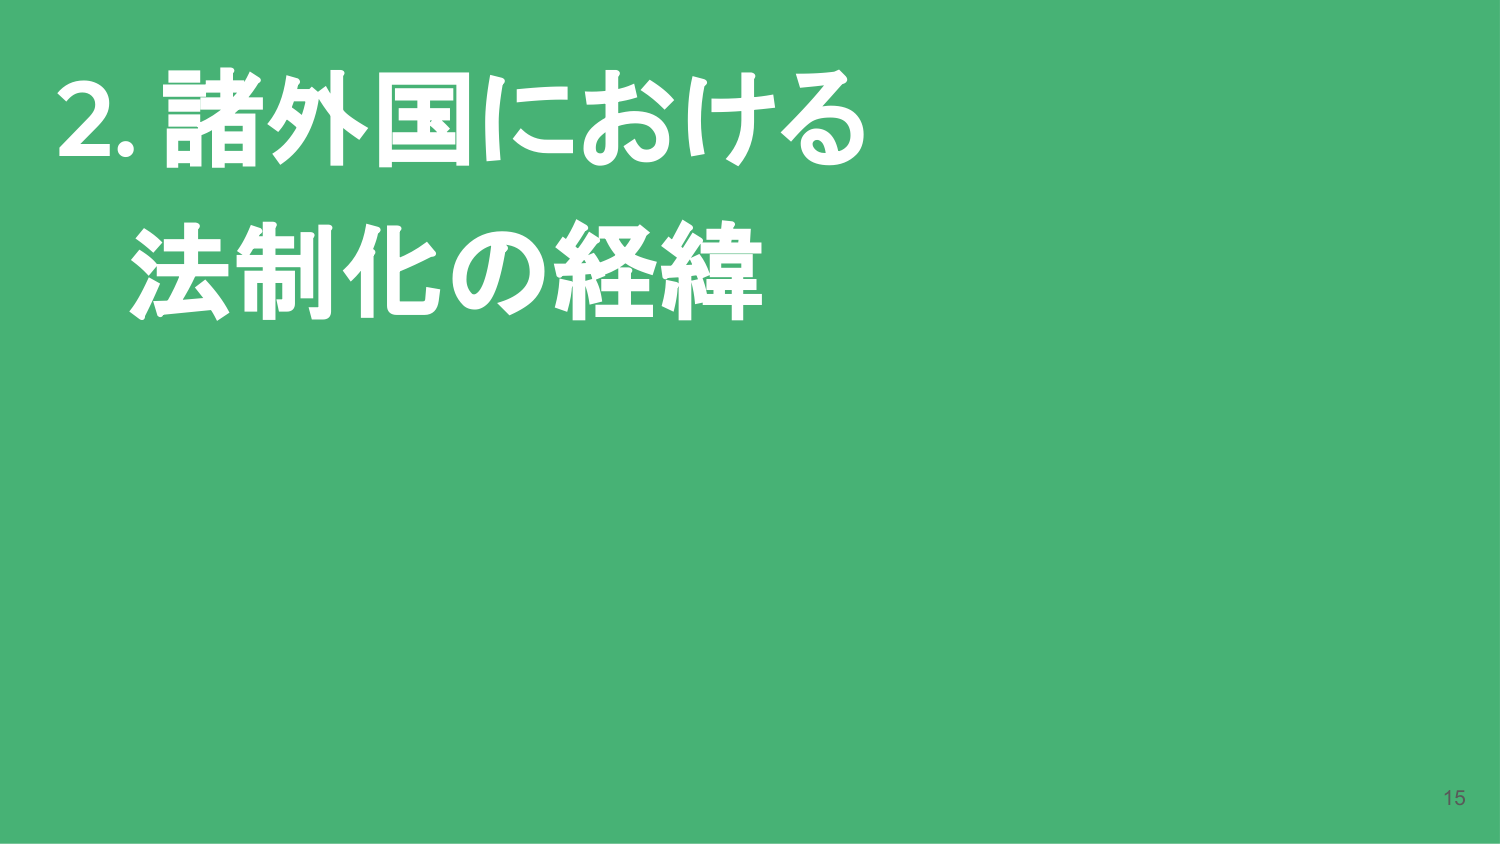
2. 諸外国における
法制化の経緯

15